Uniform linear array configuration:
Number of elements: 48
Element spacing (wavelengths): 0.75
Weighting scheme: blackman
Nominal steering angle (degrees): -60
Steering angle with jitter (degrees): -60.342
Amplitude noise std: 0.05
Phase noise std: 0.05

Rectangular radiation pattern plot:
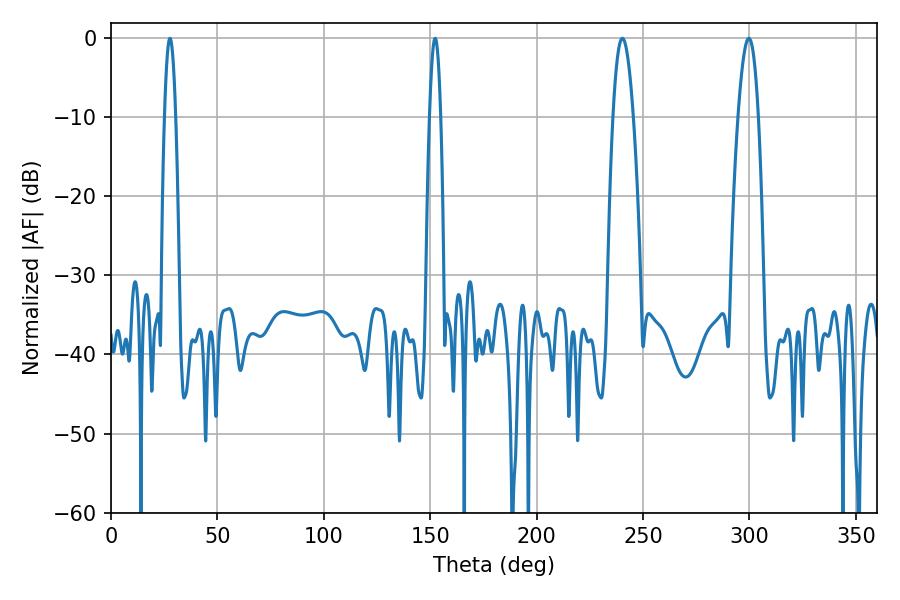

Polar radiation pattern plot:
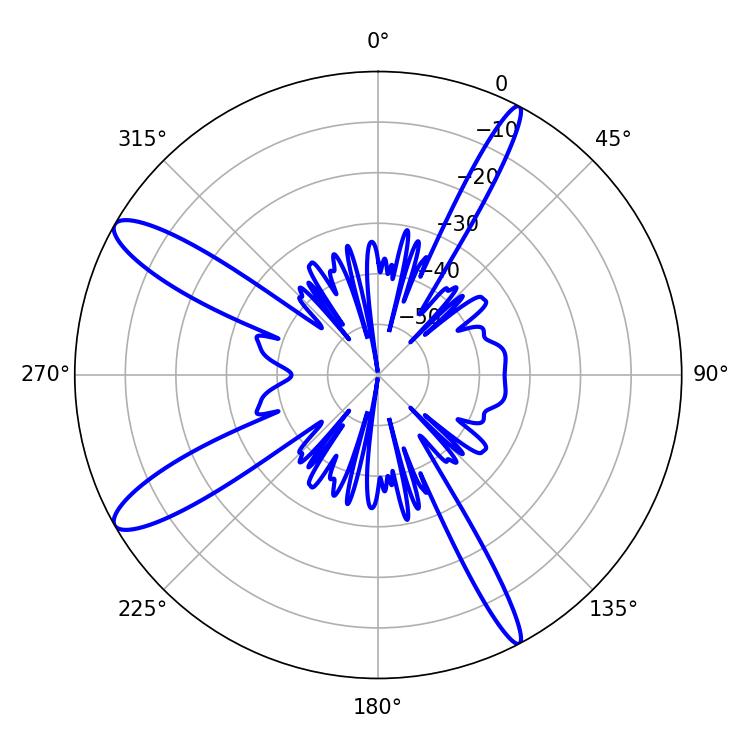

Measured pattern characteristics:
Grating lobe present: TRUE
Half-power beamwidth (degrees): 5.22
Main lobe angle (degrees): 240.3